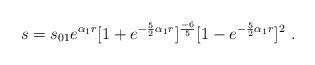
\begin{align*}s = s_{01} e^{\alpha_1 r}[1 + e^{-\frac{5}{2}{\alpha_1}r}]^{\frac{-6}{5}}[1 - e^{-\frac{5}{2}{\alpha_1}r}]^2\ .\end{align*}